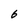
Character: 6